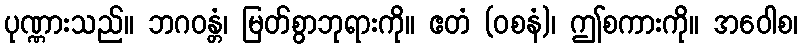
ပုဏ္ဏားသည်။ ဘဂဝန္တံ၊ မြတ်စွာဘုရားကို။ ဧတံ (ဝစနံ)၊ ဤစကားကို။ အဝေါစ၊